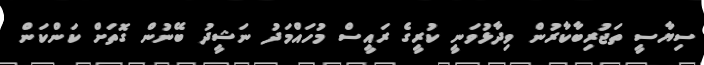
ސިޔާސީ ތަޖުރިބާކާރުން ވިދާޅުވަނީ ކުރީގެ ރައީސް މުހައްމަދު ނަޝީދު ބޭނުން ގޮތަށް ކަންކަން